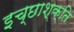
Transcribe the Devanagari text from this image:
इच्छाश्क्ति